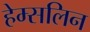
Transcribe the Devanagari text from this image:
हेम्सलिन